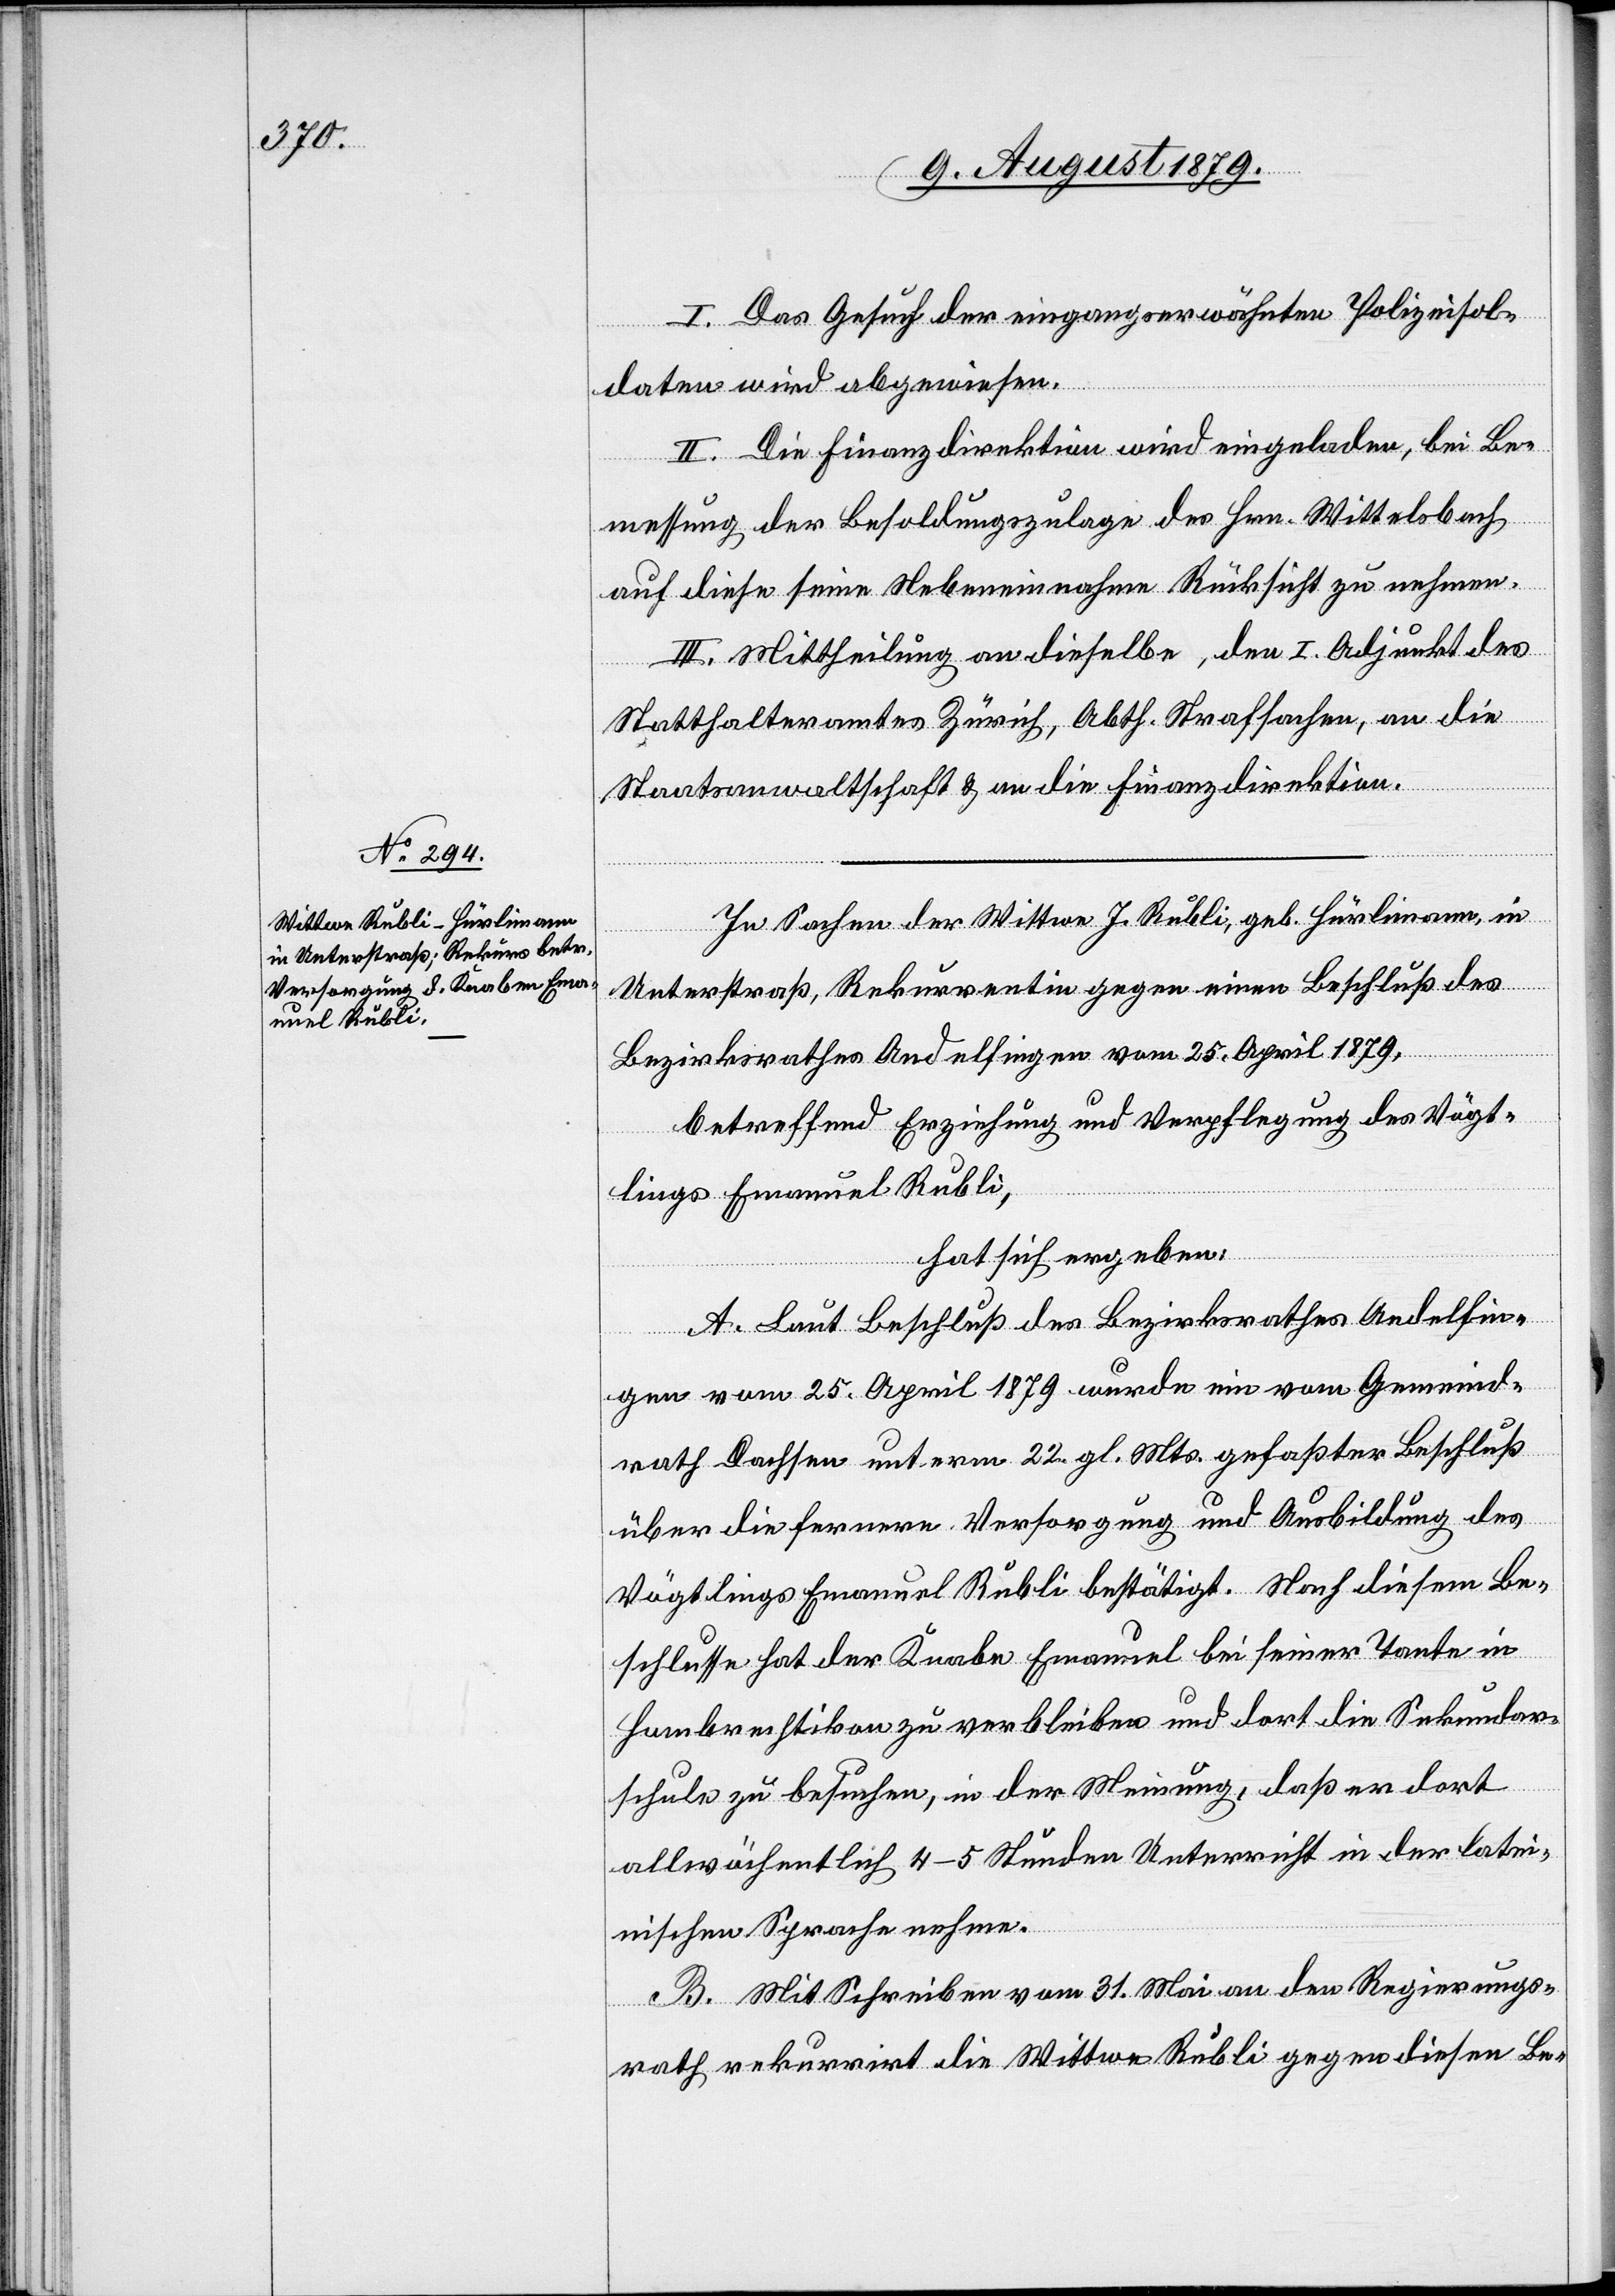
I. Das Gesuch der eingangserwähnten Polizeisol¬
daten wird abgewiesen.
II. Die Finanzdirektion wird eingeladen, bei Be¬
messung der Besoldungszulage des Hrn. Wittelsbach
auf diese seine Nebeneinnahmen Rücksicht zu nehmen.
III. Mittheilung an dieselbe, den I. Adjunkt des
Statthalteramtes Zürich, Abth. Strafsachen, an die
Staatsanwaltschaft & an die Finanzdirektion.
In Sachen der Wittwe J. Rubli, geb. Hürlimann, in
Unterstraß, Rekurrentin gegen einen Beschluß des
Bezirksrathes Andelfingen vom 25. April 1879,
betreffend Erziehung und Verpflegung des Vögt¬
lings Emanuel Rubli,
hat sich ergeben:
A. Laut Beschluß des Bezirksrathes Andelfin¬
gen vom 25. April 1879 wurde ein vom Gemeind¬
rath Dachsen unterm 22. gl. Mts. gefaßter Beschluß
über die fernere Versorgung und Ausbildung des
Vögtlings Emanuel Rubli bestätigt. Nach diesem Be¬
schlusse hat der Knabe Emanuel bei seiner Tante in
Hombrechtikon zu verbleiben und dort die Sekundar¬
schule zu besuchen, in der Meinung, daß er dort
allwöchentlich 4–5 Stunden Unterricht in der latei¬
nischen Sprache nehme.
B. Mit Schreiben vom 31. Mai an den Regierungs¬
rath rekurrirt die Wittwe Rubli gegen diesen Be-